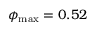
{ { \phi } _ { \operatorname* { m a x } } } = 0 . 5 2